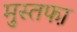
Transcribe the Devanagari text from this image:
मुस्तफा़